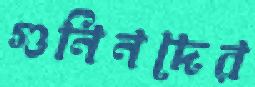
গুনিনদের